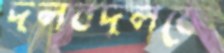
দলবদলকে